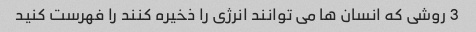
3 روشی که انسان ها می توانند انرژی را ذخیره کنند را فهرست کنید